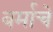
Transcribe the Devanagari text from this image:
बर्माचे